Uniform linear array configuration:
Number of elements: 8
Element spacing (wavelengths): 0.75
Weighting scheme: hann
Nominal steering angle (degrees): -15
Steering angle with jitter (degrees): -13.485
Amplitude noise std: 0.05
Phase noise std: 0.05

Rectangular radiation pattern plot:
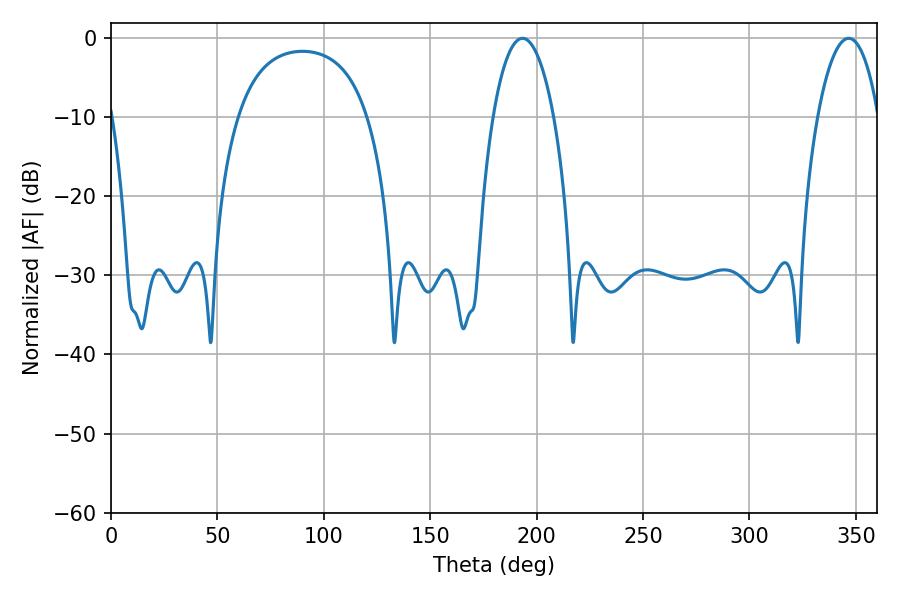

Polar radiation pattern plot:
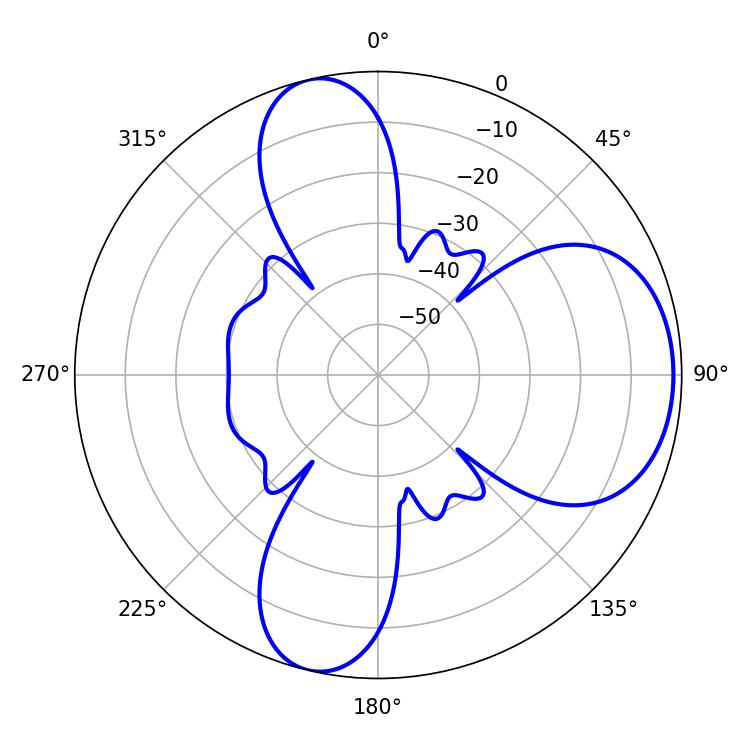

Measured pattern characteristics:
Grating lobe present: TRUE
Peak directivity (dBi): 7.663
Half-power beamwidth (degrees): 16.2
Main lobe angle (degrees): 193.32